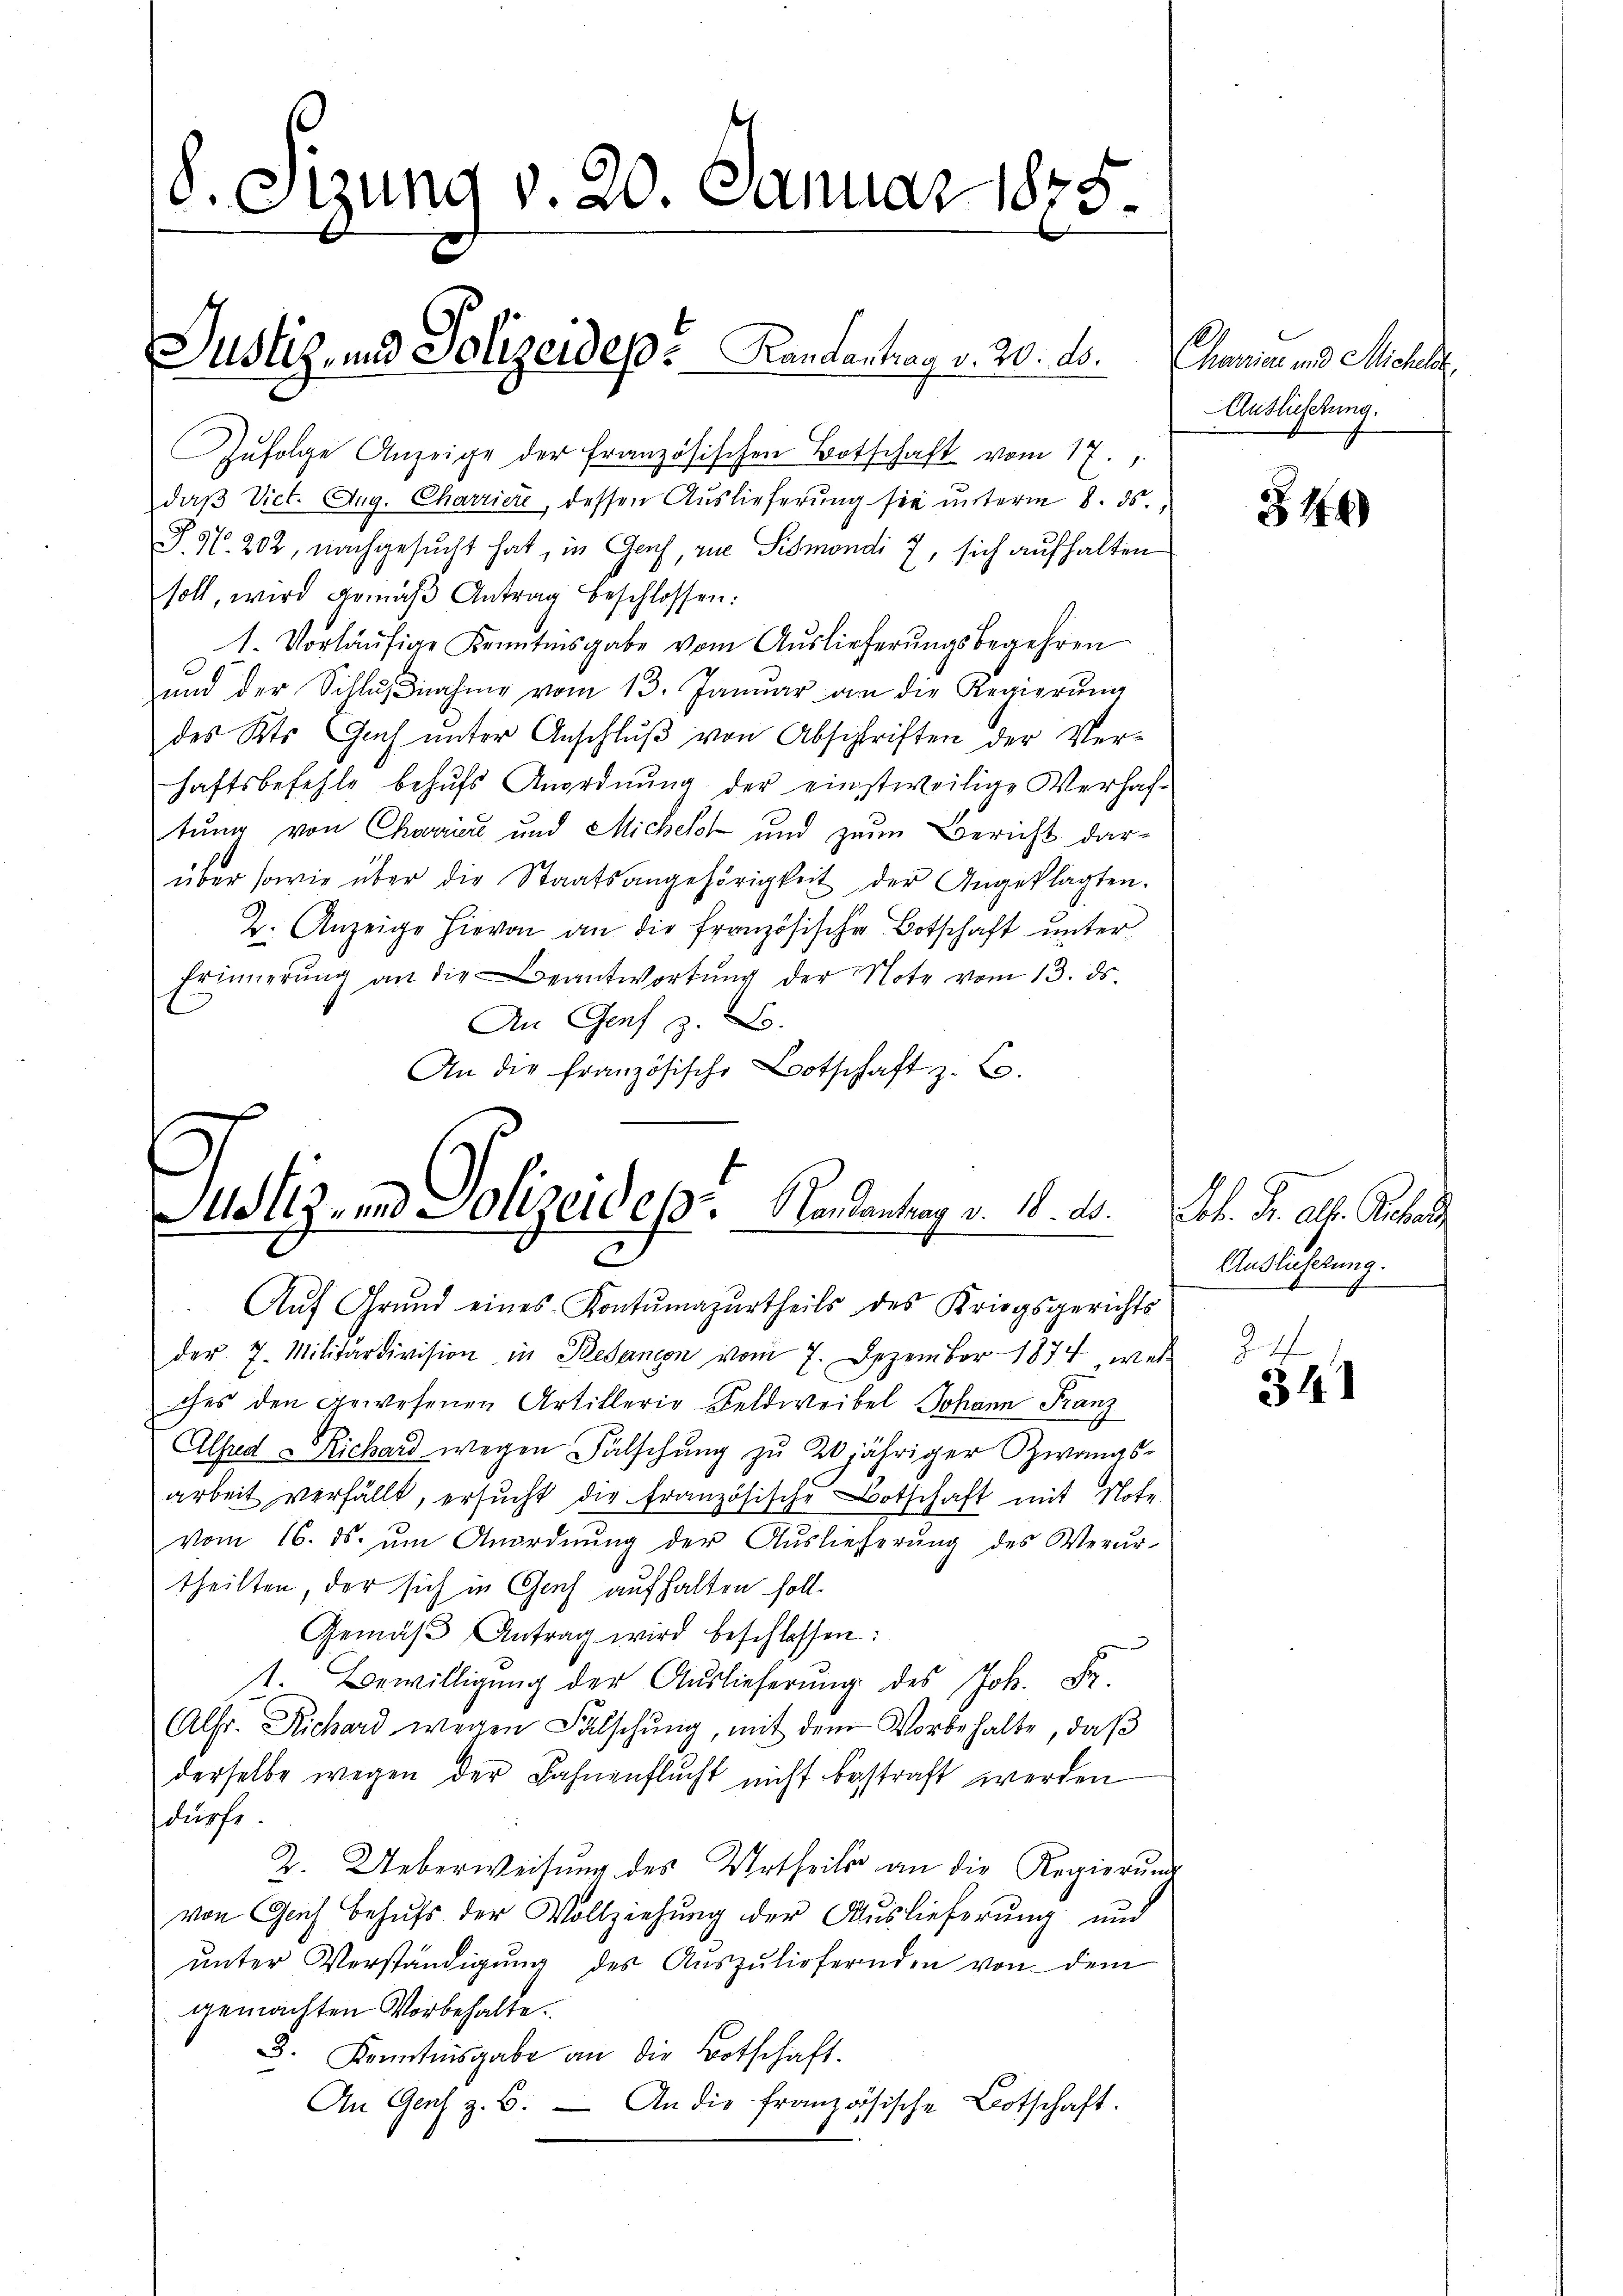
18. Sizung v. 20. Januar 1875.

Zŭfolge Anzeige der französischen Botschaft vom 17.
daß Vict. Aug. Charriere, dessen Auslieferung sie unterm 8. ds.
P. Nr. 202, nachgesucht hat, in Genf, zur Simondi 7, sich aufhalten
soll, wird gemäβ Antrag beschlossen:
1. Vorläŭfige Kenntnisgabe vom Auslieferungsbegehren
ŭnd der Schlŭβnahme vom 13. Januar an die Regierŭng
des Kts. Gŭch ŭnter Anschlŭβ von Abschriften der Ver-
haftsbefehle behufs Anordnung der einstweilige Verhaftung von Charrier und Michelt und zum Bericht darüber sowie über die Staatsangehörigkeit der Angeklagten.
2. Anzeige Hievon an die französische Botschaft unter
Erinnerŭng an die Beantwortŭng der Note vom 13. ds.
An Genf z. B.
An die französische Botschaft z. B.

Justiz- und Polizeidep. Kandantrag v. 20. ds.

Justiz- und Polizeides. Nandantrag v. 18. ds.
u

Aŭf Grŭnd eines Kontŭmazŭrtheils des Kriegsgerichts
der. 7. Militärdivision in Pedancon vom 7. Dezember 1874, wel

Charin und Michael
Auslieferung.

ches den gewesenen Artilleria Feldweibel Johann Franz
Alsud o Richard wegen Fälschung zu 20jähriger Zwangsarbeit verfällt, ersucht die französische Botschaft mit Note
vom 16. ds. ŭm Anordnŭng der Auslieferŭng des Verur-
theilten, der sich in Chef aufhalten soll.
Gemäβ Antrag wird beschlossen:
e
t. Bewilligŭng der Aŭslieferŭng des Joh. Fr.
Alsr. Richard wegen Fälschung, mit dem Vorbehalte, daß
derselbe wegen der Fahnenflucht nicht bestraft werden
dürfe.
Z. Ueberweisung des Urtheils an die Regierung
von Genf behufs der Vollziehung der Auslieferung und
ŭnter Verständigŭng des Auszuliefernden von dem
gemachten Vorbehalte.
3. Kenntnisgabe an die Botschaft.
An Genf z. B. — An die französische Botschaft.

344)

A. J. alt. Gesan
Auslichtung.

244.
341